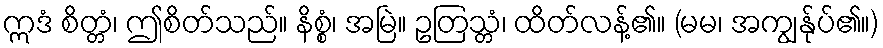
ဣဒံ စိတ္တံ၊ ဤစိတ်သည်။ နိစ္စံ၊ အမြဲ။ ဥတြသ္တံ၊ ထိတ်လန့်၏။ (မမ၊ အကျွန်ုပ်၏။)